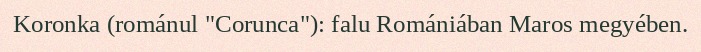
Koronka (románul "Corunca"): falu Romániában Maros megyében.